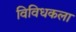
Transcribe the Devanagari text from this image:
विविधकला